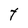
Character: t